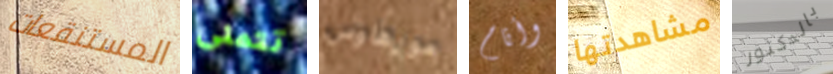
المستنقعات تتمنى مورهاوس وأنام مشاهدتها بالدكتور